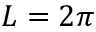
L = 2 \pi